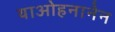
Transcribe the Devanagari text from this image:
याओहनानेन